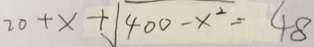
2 0 + x + \sqrt { 4 0 0 - x ^ { 2 } } = 4 8